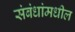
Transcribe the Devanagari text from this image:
संबंधांमधील